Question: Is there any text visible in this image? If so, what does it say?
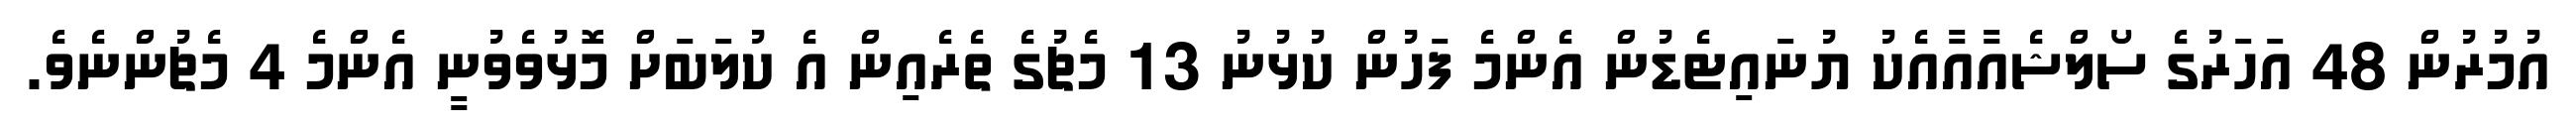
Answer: އުމުރުން 48 އަހަރުގެ ސޯލްޝެއާއާއެކު ޔުނައިޓެޑުން އެންމެ ފަހުން ކުޅުނު 13 މެޗުގެ ތެރެއިން އެ ކުލަބަށް މޮޅުވެވުނީ އެންމެ 4 މެޗުންނެވެ.